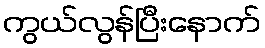
ကွယ်လွန်ပြီးနောက်